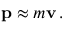
\mathbf { p } \approx m \mathbf { v } \, .